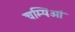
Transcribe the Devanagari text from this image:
चम्पिओं